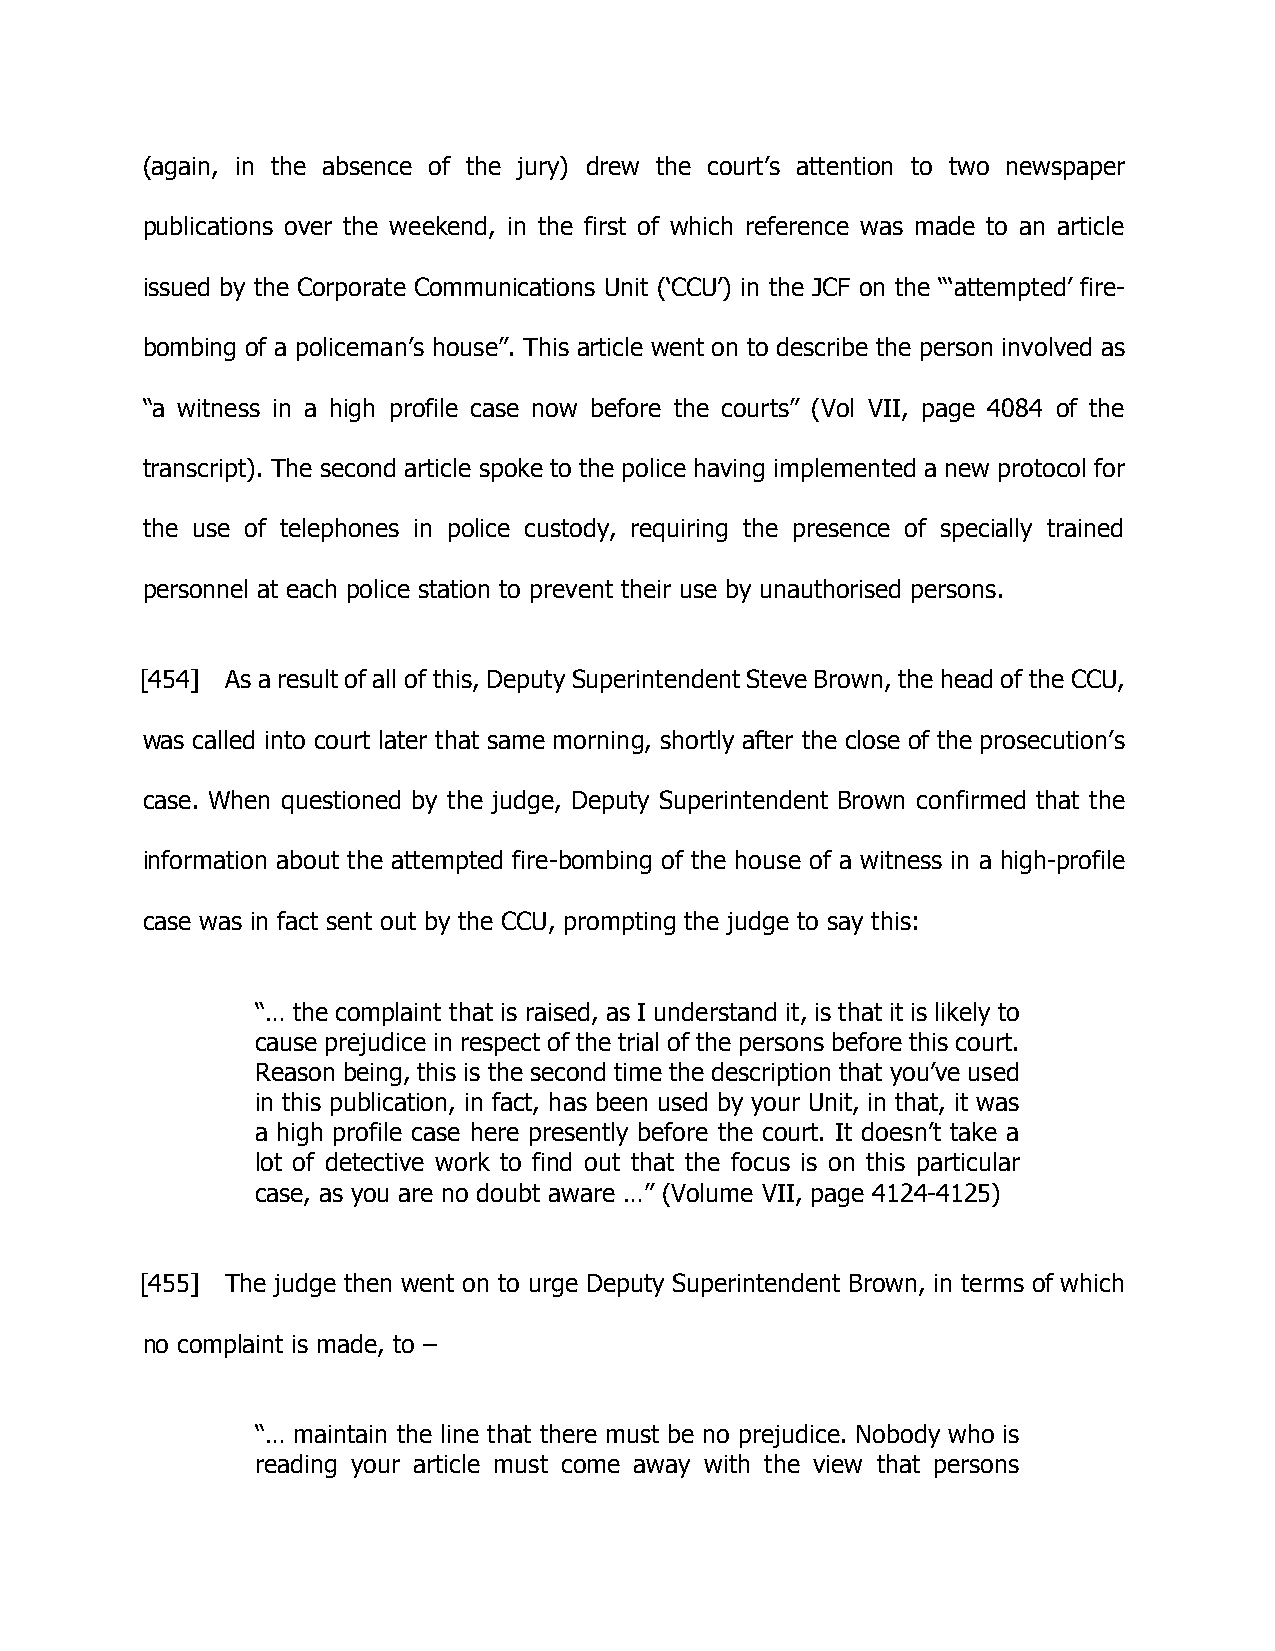
(again, in the absence of the jury) drew the court’s attention to two newspaper
 publications over the weekend, in the first of which reference was made to an article
 issued by the Corporate Communications Unit (‘CCU’) in the JCF on the “‘attempted’ fire-
 bombing of a policeman’s house”. This article went on to describe the person involved as
 “a witness in a high profile case now before the courts” (Vol VII, page 4084 of the
 transcript). The second article spoke to the police having implemented a new protocol for
 the use of telephones in police custody, requiring the presence of specially trained
 personnel at each police station to prevent their use by unauthorised persons.
 [454] As a result of all of this, Deputy Superintendent Steve Brown, the head of the CCU,
 was called into court later that same morning, shortly after the close of the prosecution’s
 case. When questioned by the judge, Deputy Superintendent Brown confirmed that the
 information about the attempted fire-bombing of the house of a witness in a high-profile
 case was in fact sent out by the CCU, prompting the judge to say this:
 “… the complaint that is raised, as I understand it, is that it is likely to
 cause prejudice in respect of the trial of the persons before this court.
 Reason being, this is the second time the description that you’ve used
 in this publication, in fact, has been used by your Unit, in that, it was
 a high profile case here presently before the court. It doesn’t take a
 lot of detective work to find out that the focus is on this particular
 case, as you are no doubt aware …” (Volume VII, page 4124-4125)
 [455] The judge then went on to urge Deputy Superintendent Brown, in terms of which
 no complaint is made, to –
 “… maintain the line that there must be no prejudice. Nobody who is
 reading your article must come away with the view that persons